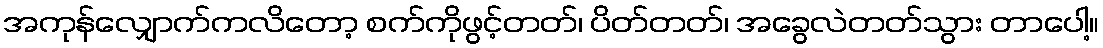
အကုန်လျှောက်ကလိတော့ စက်ကိုဖွင့်တတ်၊ ပိတ်တတ်၊ အခွေလဲတတ်သွား တာပေါ့။